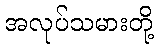
အလုပ်သမားတို့